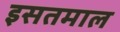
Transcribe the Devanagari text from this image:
इसतमाल